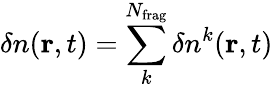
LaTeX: \delta n({\mathbf r},t)=\sum_{k}^{N_{\mathrm{frag}}}\delta n^{k}({\mathbf r},t)